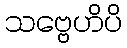
သဗ္ဗေဟိပိ